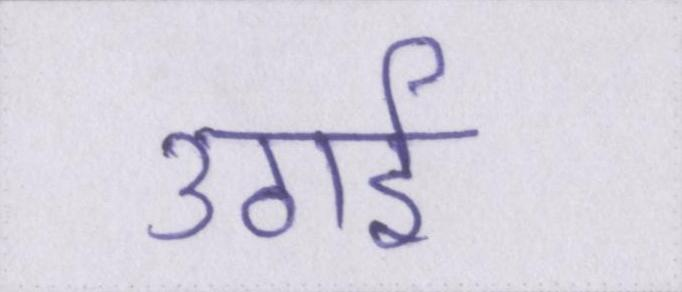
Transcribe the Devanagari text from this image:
उठाई